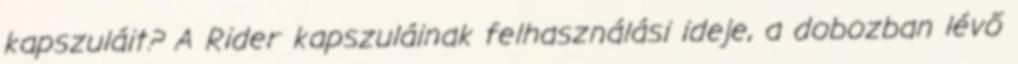
kapszuláit? A Rider kapszuláinak felhasználási ideje, a dobozban lévő